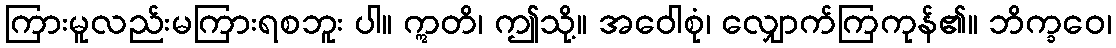
ကြားမူလည်းမကြားရစဘူး ပါ။ ဣတိ၊ ဤသို့။ အဝေါစုံ၊ လျှောက်ကြကုန်၏။ ဘိက္ခဝေ၊